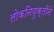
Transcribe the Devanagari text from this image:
लोकनियुक्तीने